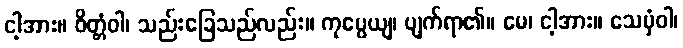
ငါ့အား။ ဝိတ္တံဝါ၊ သည်းခြေသည်လည်း။ ကုပ္ပေယျ၊ ပျက်ရာ၏။ မေ၊ ငါ့အား။ သေမှံဝါ၊